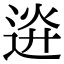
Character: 䢠